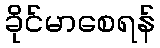
ခိုင်မာစေရန်